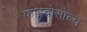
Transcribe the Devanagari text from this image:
फाइब्रोसोल्व